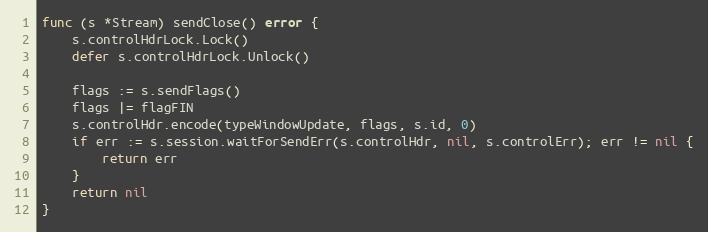
Language: Go
func (s *Stream) sendClose() error {
	s.controlHdrLock.Lock()
	defer s.controlHdrLock.Unlock()

	flags := s.sendFlags()
	flags |= flagFIN
	s.controlHdr.encode(typeWindowUpdate, flags, s.id, 0)
	if err := s.session.waitForSendErr(s.controlHdr, nil, s.controlErr); err != nil {
		return err
	}
	return nil
}